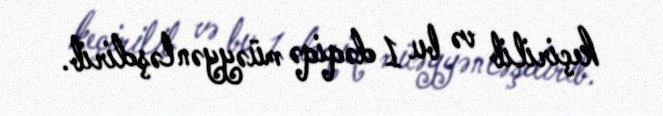
keçirilib və bu 1 dəqiqə müəyyənləşdirib.